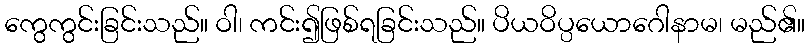
ကွေကွင်းခြင်းသည်။ ဝါ၊ ကင်း၍ဖြစ်ရခြင်းသည်။ ပိယဝိပ္ပယောဂေါနာမ၊ မည်၏။